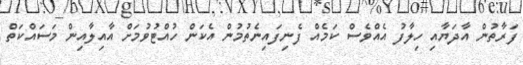
ފަރާތުން އާދަޔާއި ހިލާފު އެއްވެސް ކަމެއް ފެނިފައިނެތުމުން އެކަން ހުއްޓުވުމަށް އާއިލާއިން މަސައްކަތް